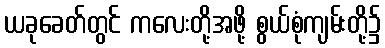
ယခုခေတ်တွင် ကလေးတို့အဖို့ စွယ်စုံကျမ်းတို့၌